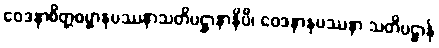
ဝေဒနာစိတ္တဓမ္မာနုပဿနာသတိပဋ္ဌာနာနိပိ၊ ဝေဒနာနုပဿနာ သတိပဋ္ဌာန်